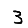
Digit: 3